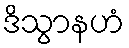
ဒိသွာနဟံ